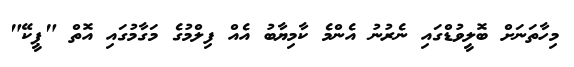
މިހާތަނަށް ބޮލީވުޑްގައި ނެރުނު އެންމެ ކާމިޔާބު އެއް ފިލްމުގެ މަގާމުގައި އޮތް "ޕީކޭ"